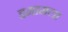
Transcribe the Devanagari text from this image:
इमामला